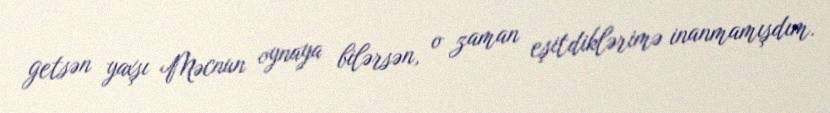
getsən yaxşı Məcnun oynaya bilərsən, o zaman eşitdiklərimə inanmamışdım.